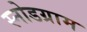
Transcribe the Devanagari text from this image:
स्नोडग्राम